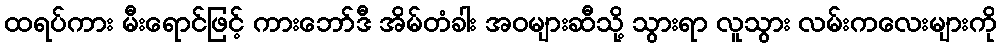
ထရပ်ကား မီးရောင်ဖြင့် ကားဘော်ဒီ အိမ်တံခါး အဝများဆီသို့ သွားရာ လူသွား လမ်းကလေးများကို